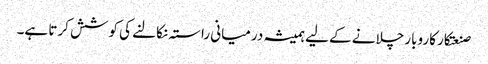
صنعتکار کاروبار چلانے کے لیے ہمیشہ درمیانی راستہ نکالنے کی کوشش کرتا ہے۔